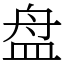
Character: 盘